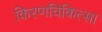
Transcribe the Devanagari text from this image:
किरणचिकित्सा